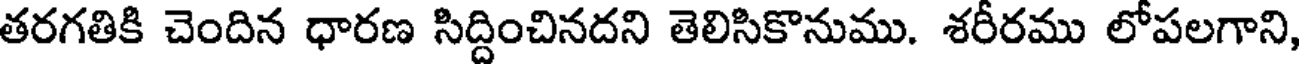
తరగతికి చెందిన ధారణ సిద్దించినదని తెలిసికొనుము. శరీరము లోపలగాని,